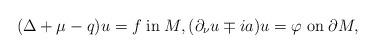
LaTeX: \begin{align*}(\Delta +\mu -q)u=f\; \mathrm{in}\; M,(\partial_\nu u\mp ia)u=\varphi\; \mathrm{on}\; \partial M,\end{align*}